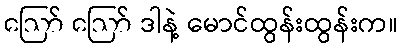
ဪ ဪ ဒါနဲ့ မောင်ထွန်းထွန်းက။